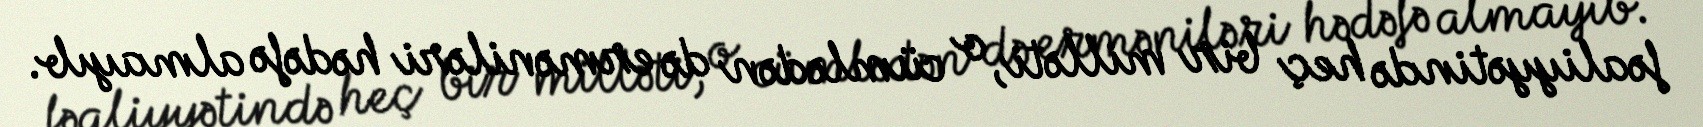
fəaliyyətində heç bir milləti, o cümlədən də erməniləri hədəfə almayıb.